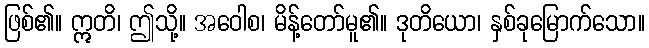
ဖြစ်၏။ ဣတိ၊ ဤသို့။ အဝေါစ၊ မိန့်တော်မူ၏။ ဒုတိယော၊ နှစ်ခုမြောက်သော။